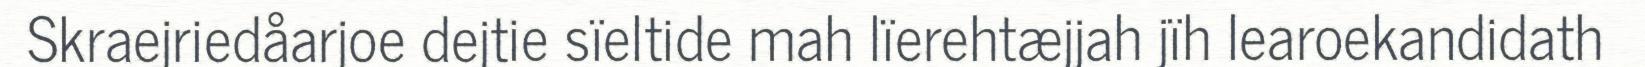
Skraejriedåarjoe dejtie sïeltide mah lïerehtæjjah jïh learoekandidath